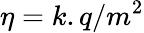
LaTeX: \eta=k.q/m^{2}